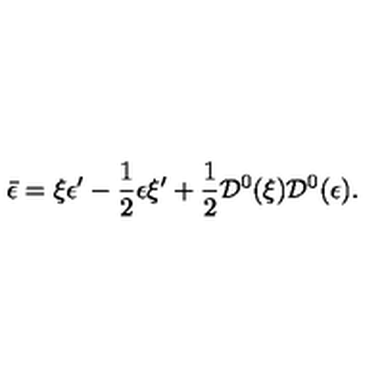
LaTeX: \bar { \epsilon } = \xi \epsilon ^ { \prime } - \frac { 1 } { 2 } \epsilon \xi ^ { \prime } + \frac { 1 } { 2 } { \cal D } ^ { 0 } ( \xi ) { \cal D } ^ { 0 } ( \epsilon ) .